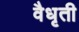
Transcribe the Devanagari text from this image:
वैधृती